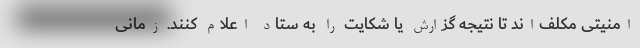
امنیتی مکلف‌اند تا نتیجه گزارش یا شکایت را به ستاد اعلام کنند. زمانی